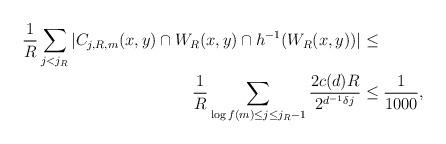
LaTeX: \begin{align*}\begin{aligned}\frac{1}{R}\sum_{j< j_R}|C_{j,R,m}(x,y)\cap W_R(x,y)\cap h^{-1}(W_R(x,y))|&\leq\\\frac{1}{R}\sum_{\log f(m)\leq j\leq j_R-1}\frac{2c(d)R}{2^{d^{-1}\delta j}}&\leq\frac{1}{1000},\end{aligned}\end{align*}